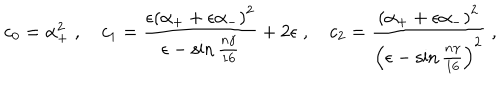
c _ { 0 } = \alpha _ { + } ^ { 2 } \; , \quad c _ { 1 } = \frac { \epsilon \left( \alpha _ { + } + \epsilon \alpha _ { - } \right) ^ { 2 } } { \epsilon - \sin \frac { n \gamma } { 1 6 } } + 2 \epsilon \; , \quad c _ { 2 } = \frac { \left( \alpha _ { + } + \epsilon \alpha _ { - } \right) ^ { 2 } } { \left( \epsilon - \sin \frac { n \gamma } { 1 6 } \right) ^ { 2 } } \; ,